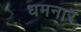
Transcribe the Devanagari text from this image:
धमनार